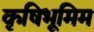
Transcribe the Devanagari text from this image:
कृषिभूमिम